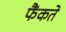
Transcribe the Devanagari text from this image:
फैंकते